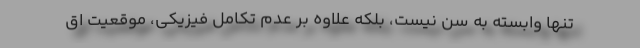
تنها وابسته به سن نیست، بلکه علاوه بر عدم تکامل فیزیکی، موقعیت اق